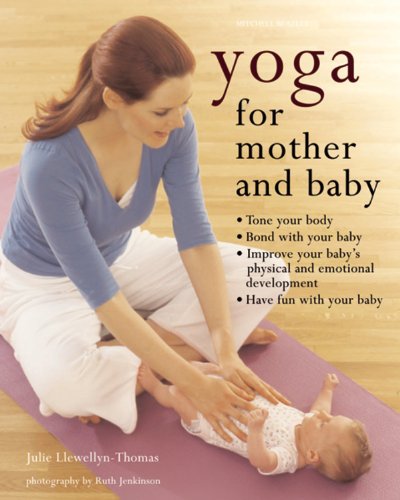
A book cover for Yoga for Mother and Baby; Julie Llewellyn-Thomas; Health, Fitness & Dieting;